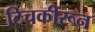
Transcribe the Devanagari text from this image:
टिचकीरून